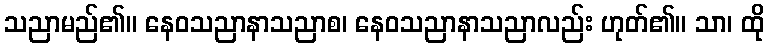
သညာမည်၏။ နေဝသညာနာသညာစ၊ နေဝသညာနာသညာလည်း ဟုတ်၏။ သာ၊ ထို